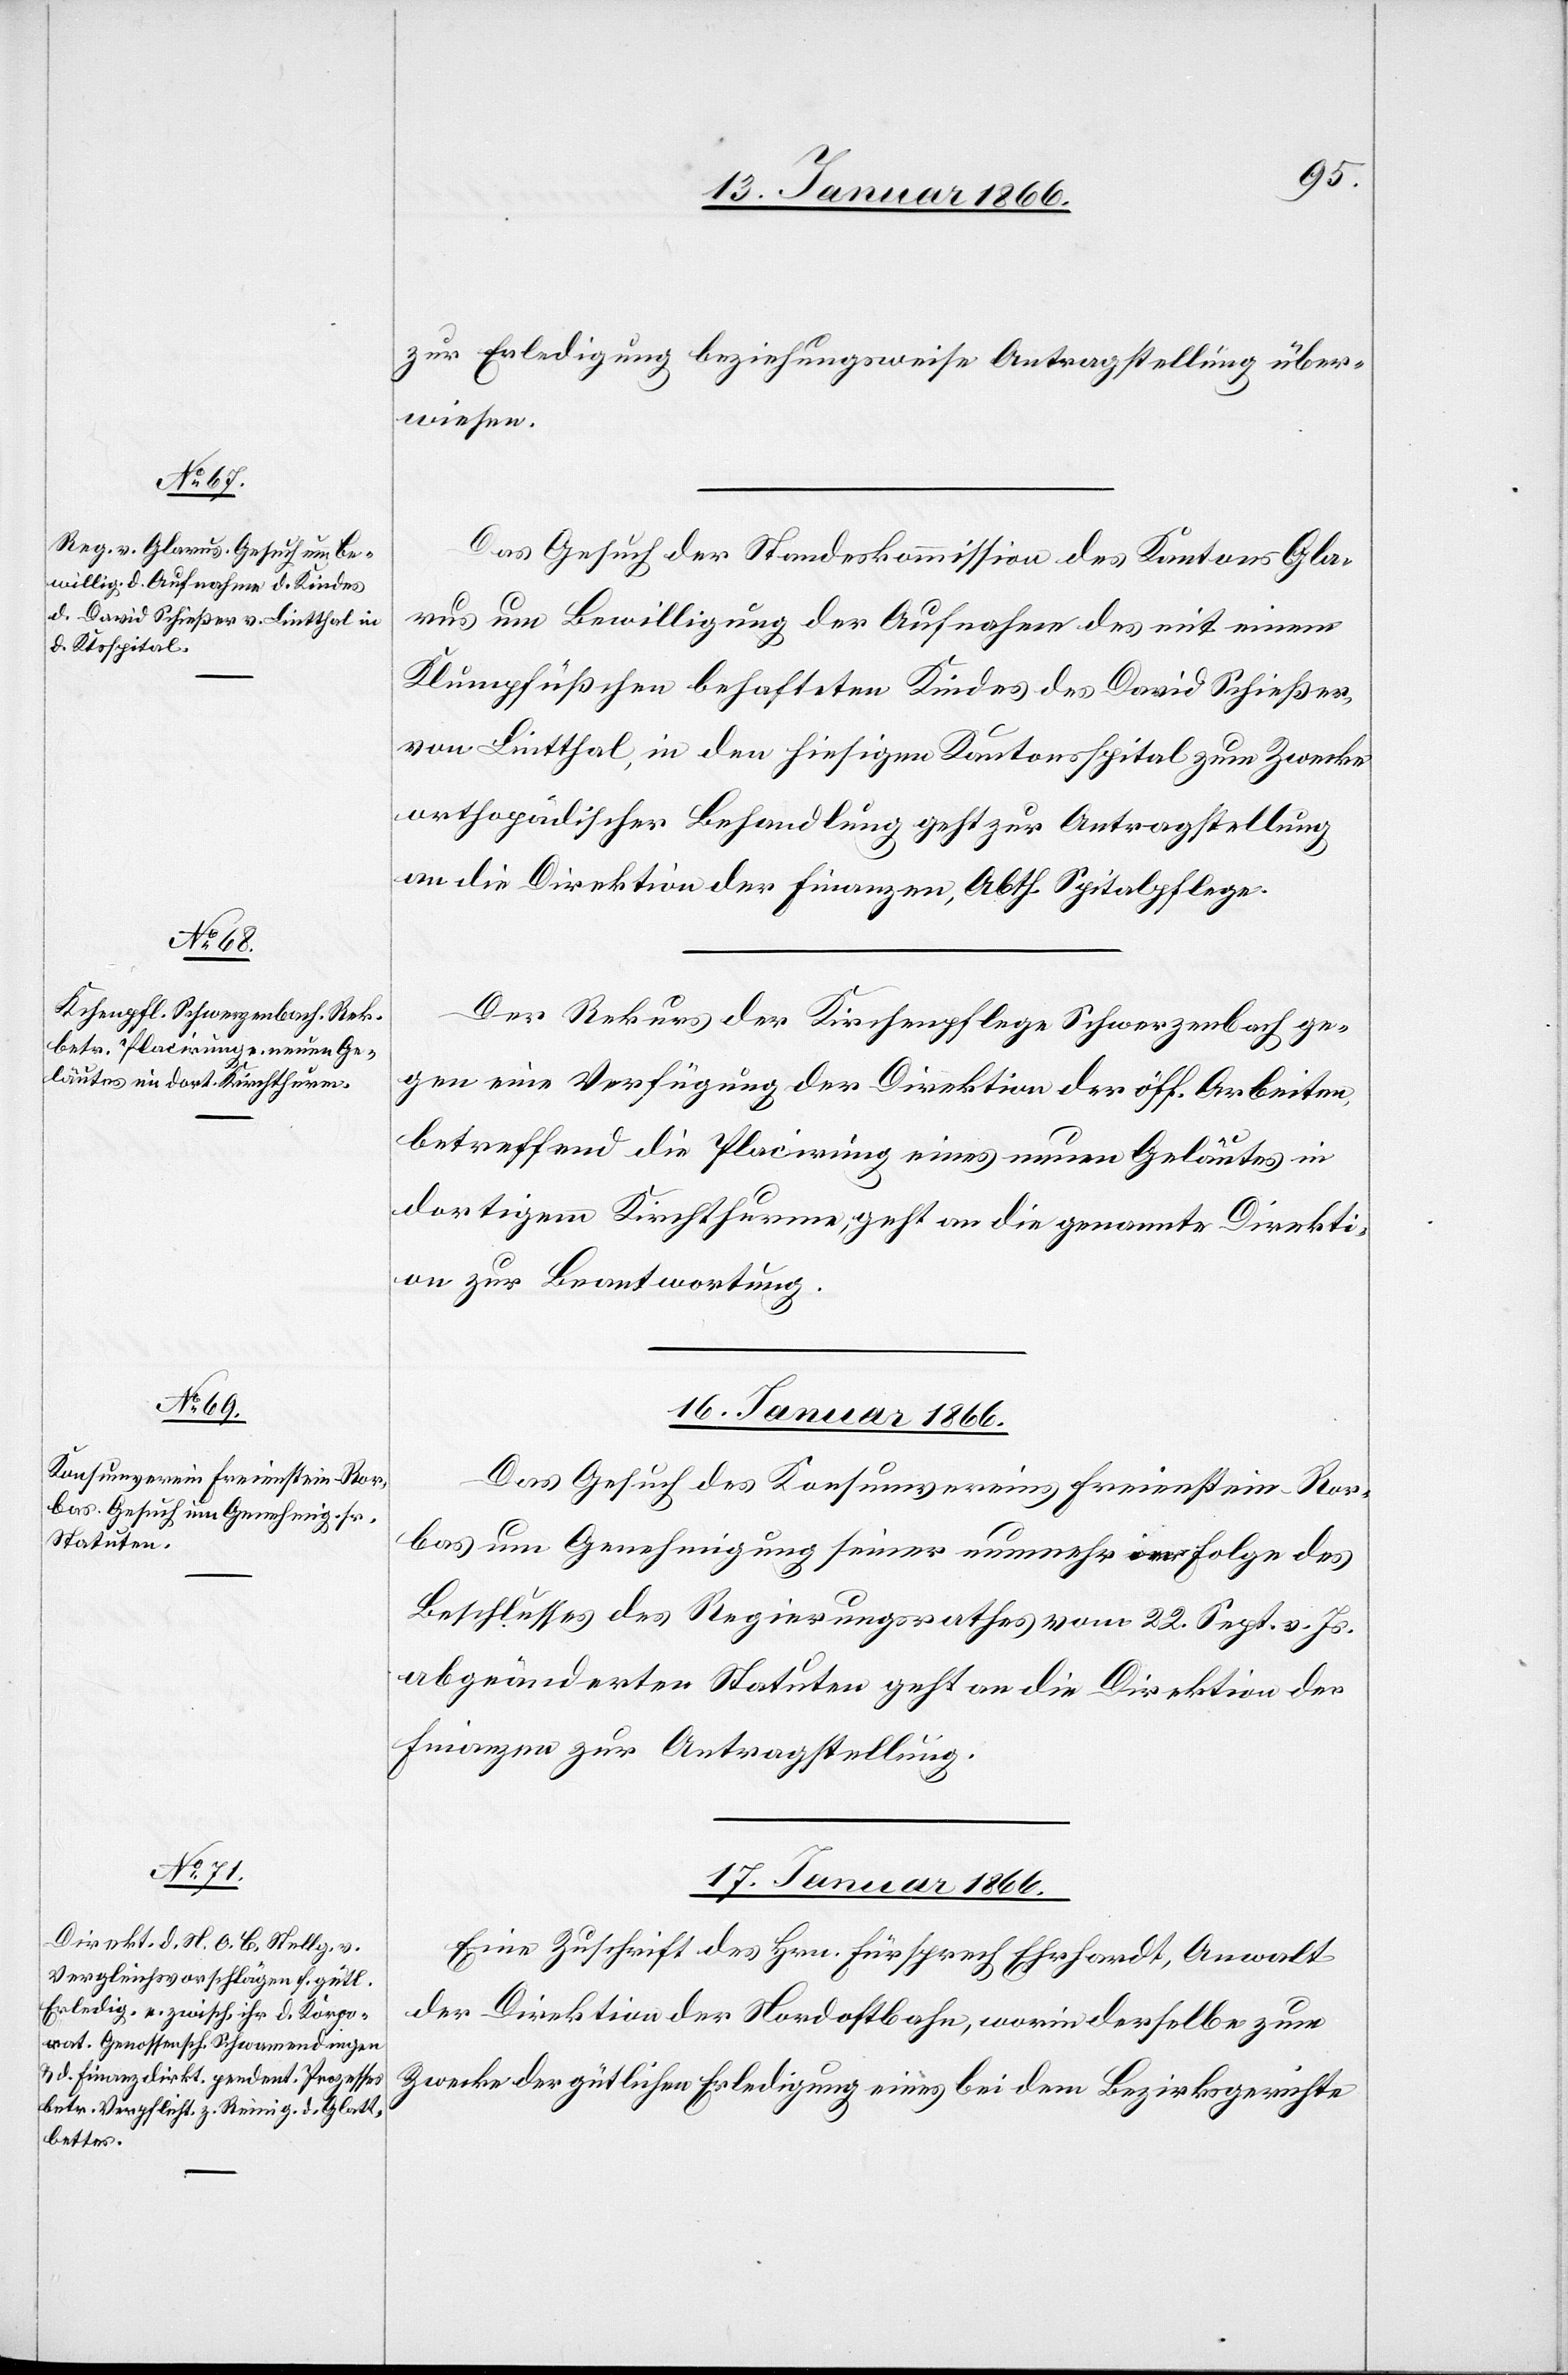
15. Januar 1866.]
zur Erledigung beziehungsweise Antragstellung über¬
wiesen.
Das Gesuch der Standeskommission des Kantons Gla¬
rus um Bewilligung der Aufnahme des mit einem
Klumpfüßchen behafteten Kindes des David Schießer,
von Lintthal, in den hiesigen Kantonsspital zum Zwecke
orthopädischer Behandlung geht zur Antragstellung
an die Direktion der Finanzen, Abth. Spitalpflege.
Der Rekurs der Kirchenpflege Schwerzenbach ge¬
gen eine Verfügung der Direktion der öff. Arbeiten
betreffend die Placirung eines neuen Geläutes in
dortigem Kirchthurme, geht an die genannte Direkti¬
on zur Beantwortung.
16. Januar 1866.
Das Gesuch des Konsumvereins Freienstein-Ror¬
bas um Genehmigung seiner nunmehr in Folge des
Beschlusses des Regierungsrathes vom 22. Sept. v. Js.
abgeänderten Statuten geht an die Direktion der
Finanzen zur Antragstellung.
17. Januar 1866.
Eine Zuschrift des Hrn. Fürsprech Ehrhardt, Anwalt
der Direktion der Nordostbahn, worin derselbe zum
Zwecke der gütlichen Erledigung eines bei dem Bezirksgerichte